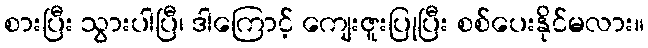
စားပြီး သွားပါပြီ၊ ဒါကြောင့် ကျေးဇူးပြုပြီး စစ်ပေးနိုင်မလား။